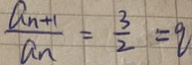
\frac { a _ { n + 1 } } { a _ { n } } = \frac { 3 } { 2 } = q